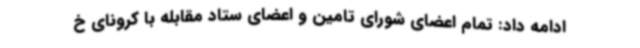
ادامه داد: تمام اعضای شورای تامین و اعضای ستاد مقابله با کرونای خ